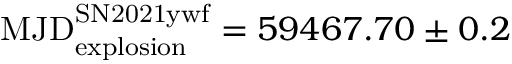
\mathrm { M J D _ { e x p l o s i o n } ^ { S N 2 0 2 1 y w f } } = 5 9 4 6 7 . 7 0 \pm 0 . 2